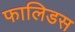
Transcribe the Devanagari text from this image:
फालिडस